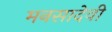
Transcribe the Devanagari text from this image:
मनसादेवी